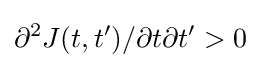
\partial ^{2}J(t,t')/\partial t\partial t'>0